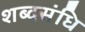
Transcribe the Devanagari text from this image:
शब्दसंधि